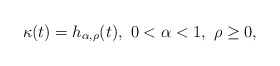
\begin{align*}\kappa(t) =h_{\alpha,\rho}(t),\ 0<\alpha <1,\ \rho\ge 0,\end{align*}